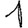
Digit: 1